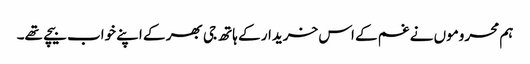
ہم محروموں نے غم کے اس خریدار کے ہاتھ جی بھر کے اپنے خواب بیچے تھے۔